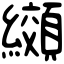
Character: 纐